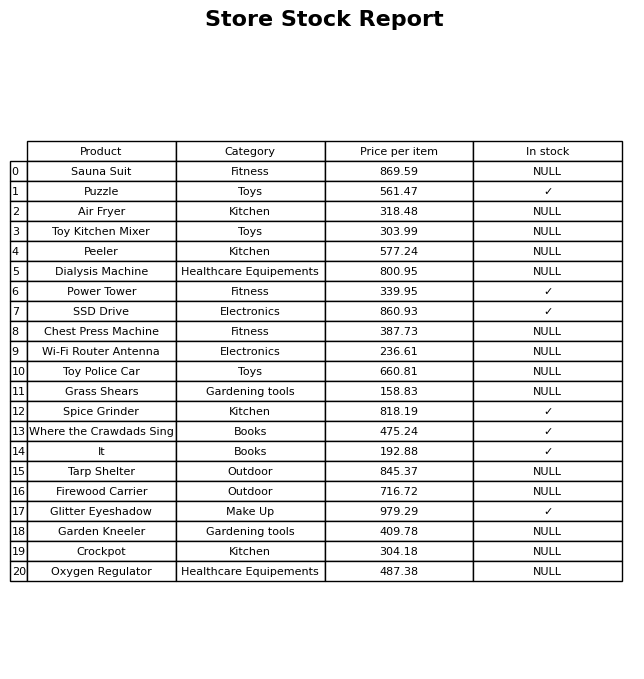
question: What is the stock status of the Glitter Eyeshadow?
answer: ✓